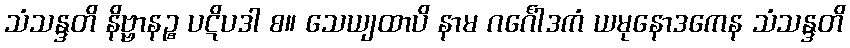
သံသန္ဒတိ နိဗ္ဗာနဉ္စ ပဋိပဒါ စ။ သေယျထာပိ နာမ ဂင်္ဂေါဒကံ ယမုနောဒကေန သံသန္ဒတိ